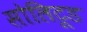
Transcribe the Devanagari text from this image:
सोलिटूड